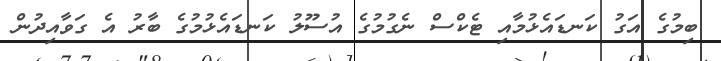
ބިމުގެ އަގު ކަނޑައެޅުމާއި ޓެކްސް ނެގުމުގެ އުސޫލު ކަނޑައެޅުމުގެ ބާރު އެ ގަވާއިދުން